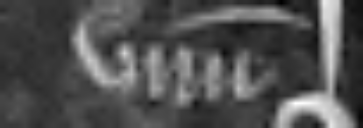
unum